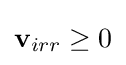
\mathbf {v} _{irr}\geq 0